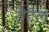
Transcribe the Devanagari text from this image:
रीटेल